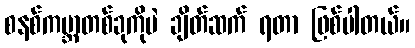
စနစ်ကမ္ဘာတစ်ခုကိုပဲ ချိတ်ဆက် ရတာ ဖြစ်ပါတယ်။